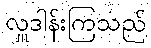
လှူဒါန်းကြသည်